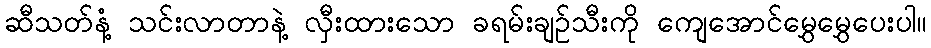
ဆီသတ်နံ့ သင်းလာတာနဲ့ လှီးထားသော ခရမ်းချဉ်သီးကို ကျေအောင်မွှေမွှေပေးပါ။